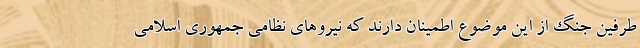
طرفین جنگ از این موضوع اطمینان دارند که نیروهای نظامی جمهوری اسلامی